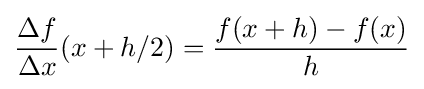
{\frac {\Delta f}{\Delta x}}(x+h/2)={\frac {f(x+h)-f(x)}{h}}